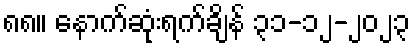
၈၈။ နောက်ဆုံးရက်ချိန် ၃၁-၁၂-၂၀၂၃